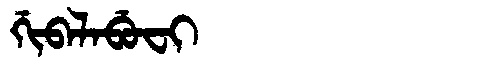
Manchu: ᡤᡳᠪᠠᠯᠠᠪᡠᠸᡳ
Romanization: GIBALABUFI